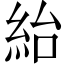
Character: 紿